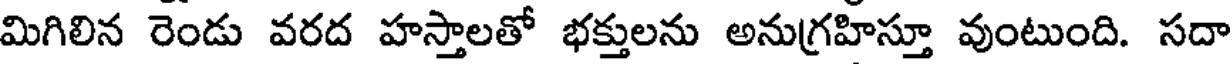
మిగిలిన రెండు వరద హస్తాలతో భక్తులను అనుగ్రహిస్తూ వుంటుంది. సదా